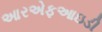
આરએફઆઇડી